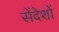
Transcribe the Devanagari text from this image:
सेंदेशों